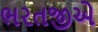
ભરતજીએ